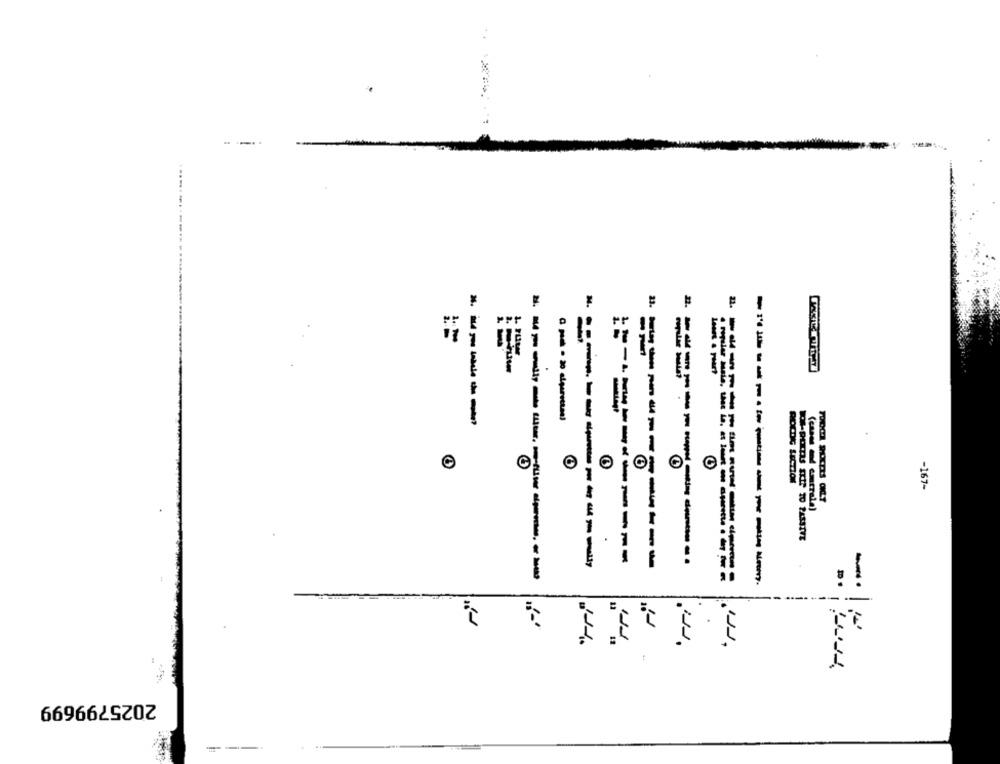
-----------
-----
------
ROCOG SECTION
-167-
------------
==-----------
3 .-----------
==-------
3 .3
-
2025799699